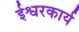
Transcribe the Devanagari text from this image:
ईश्वरकार्य